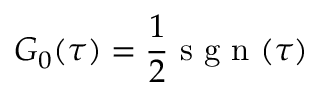
G _ { 0 } ( \tau ) = \frac { 1 } { 2 } \mathrm { ~ s ~ g ~ n ~ } ( \tau )